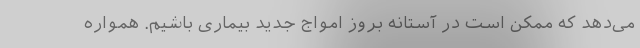
می‌دهد که ممکن است در آستانه بروز امواج جدید بیماری باشیم. همواره